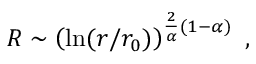
R \sim \left( \ln ( r / r _ { 0 } ) \right) ^ { { \frac { 2 } { \alpha } } ( 1 - \alpha ) } ~ ,